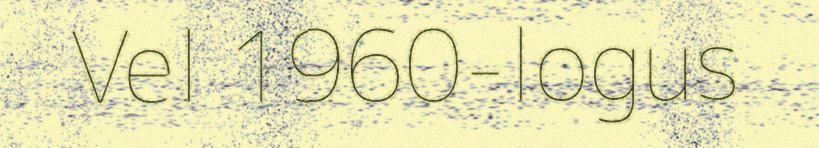
Vel 1960-logus